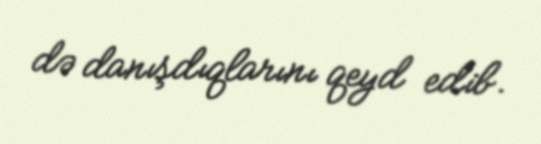
də danışdıqlarını qeyd edib.